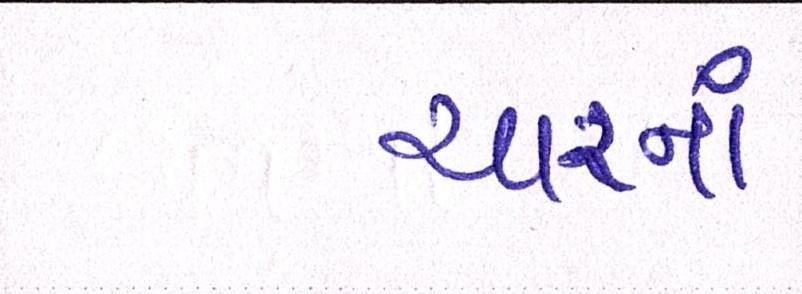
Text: ચારનાં